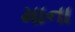
માના